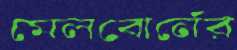
মেলবোর্নের